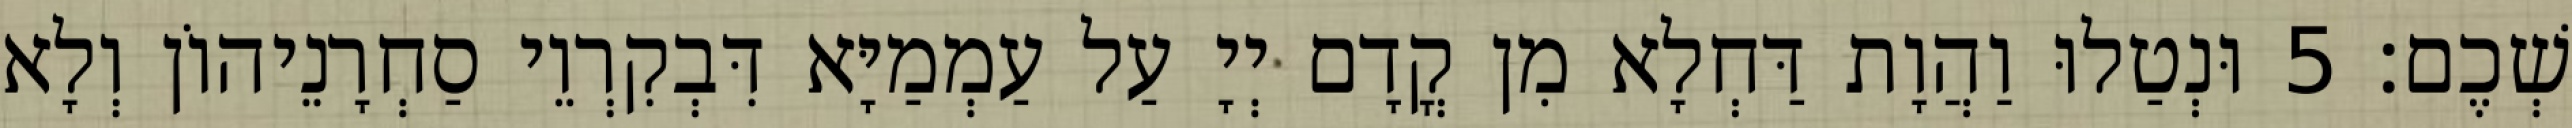
שְׁכֶם׃ 5 וּנְטַלוּ וַהֲוָת דַּחְלָא מִן קֳדָם יְיָ עַל עַמְמַיָּא דִּבְקִרְוֵי סַחְרָנֵיהוֹן וְלָא